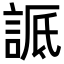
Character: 𬢬